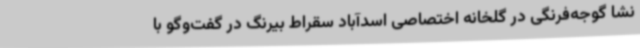
نشا گوجه‌فرنگی در گلخانه اختصاصی اسدآباد سقراط بیرنگ در گفت‌وگو با